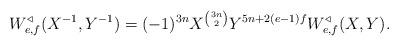
LaTeX: \begin{align*} W^\triangleleft_{e,f}(X^{-1},Y^{-1}) = (-1)^{3n}X^{\binom{3n}{2}}Y^{5n+2(e-1)f}W^\triangleleft_{e,f}(X,Y).\end{align*}